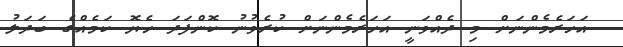
އަހަރެމެންނަށް މި ދެއްވަނީ އަހަރެމެންނަށް ކުރެވުނު ކޮންފަދަ ހެޔޮ ކަމެއްގެ ބަދަލު